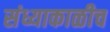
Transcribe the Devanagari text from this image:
संध्याकाळीच